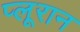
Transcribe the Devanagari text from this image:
प्लूरान